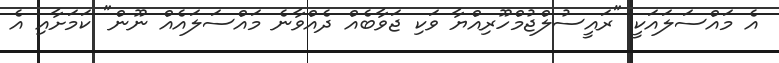
އެ މައްސަލައަކީ "ރައީސުލްޖުމްހޫރިއްޔާ ވަކި ޖަވާބެއް ދެއްވާނެ މައްސަލައެއް ނޫން" ކަމަށާއި އެ